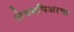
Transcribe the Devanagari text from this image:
शेक्सपिअरचा